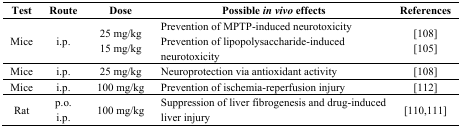
| Test | Route | Dose | Possible in vivo effects | References |
 | --- | --- | --- | --- | --- |
 | Mice | i.p. | 25 mg/kg15 mg/kg | Prevention of MPTP-induced neurotoxicityPrevention of lipopolysaccharide-induced neurotoxicity | [108][105] |
 | Mice | i.p. | 25 mg/kg | Neuroprotection via antioxidant activity | [108] |
 | Mice | i.p. | 100 mg/kg | Prevention of ischemia-reperfusion injury | [112] |
 | Rat | p.o.i.p. | 100 mg/kg | Suppression of liver fibrogenesis and drug-induced liver injury | [110,111] |